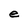
Character: e